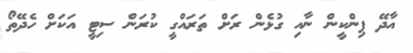
އާދޭ ޕިންކީން ނާއި ގުޅެން ރަށް ތަރައްގީ ކުރަން ސިޓީ އަކަށް ހެދޭތޯ